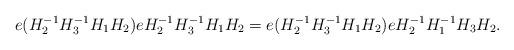
LaTeX: \begin{align*}e(H_{2}^{-1}H_{3}^{-1}H_{1}H_{2})eH_{2}^{-1}H_{3}^{-1}H_{1}H_{2}=e(H_{2}^{-1}H_{3}^{-1}H_{1}H_{2})eH_{2}^{-1}H_{1}^{-1}H_{3}H_{2}.\end{align*}